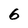
Character: 6